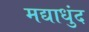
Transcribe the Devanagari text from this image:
मद्याधुंद